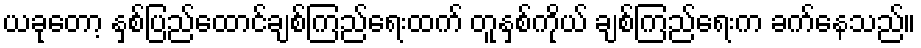
ယခုတော့ နှစ်ပြည်ထောင်ချစ်ကြည်ရေးထက် တူနှစ်ကိုယ် ချစ်ကြည်ရေးက ခက်နေသည်။